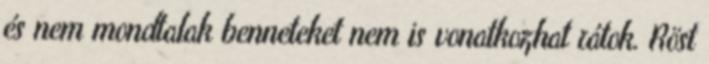
és nem mondtalak benneteket nem is vonatkozhat rátok. Röst